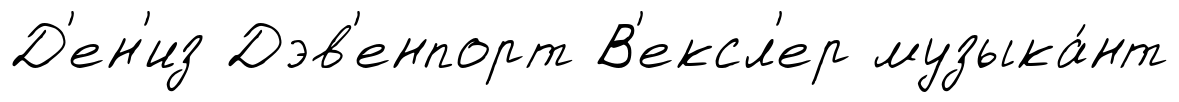
Д'ен'из Дэв'енпорт В'ексл'ер музыка́нт